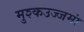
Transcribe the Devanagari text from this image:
मुश्कउज्जमां